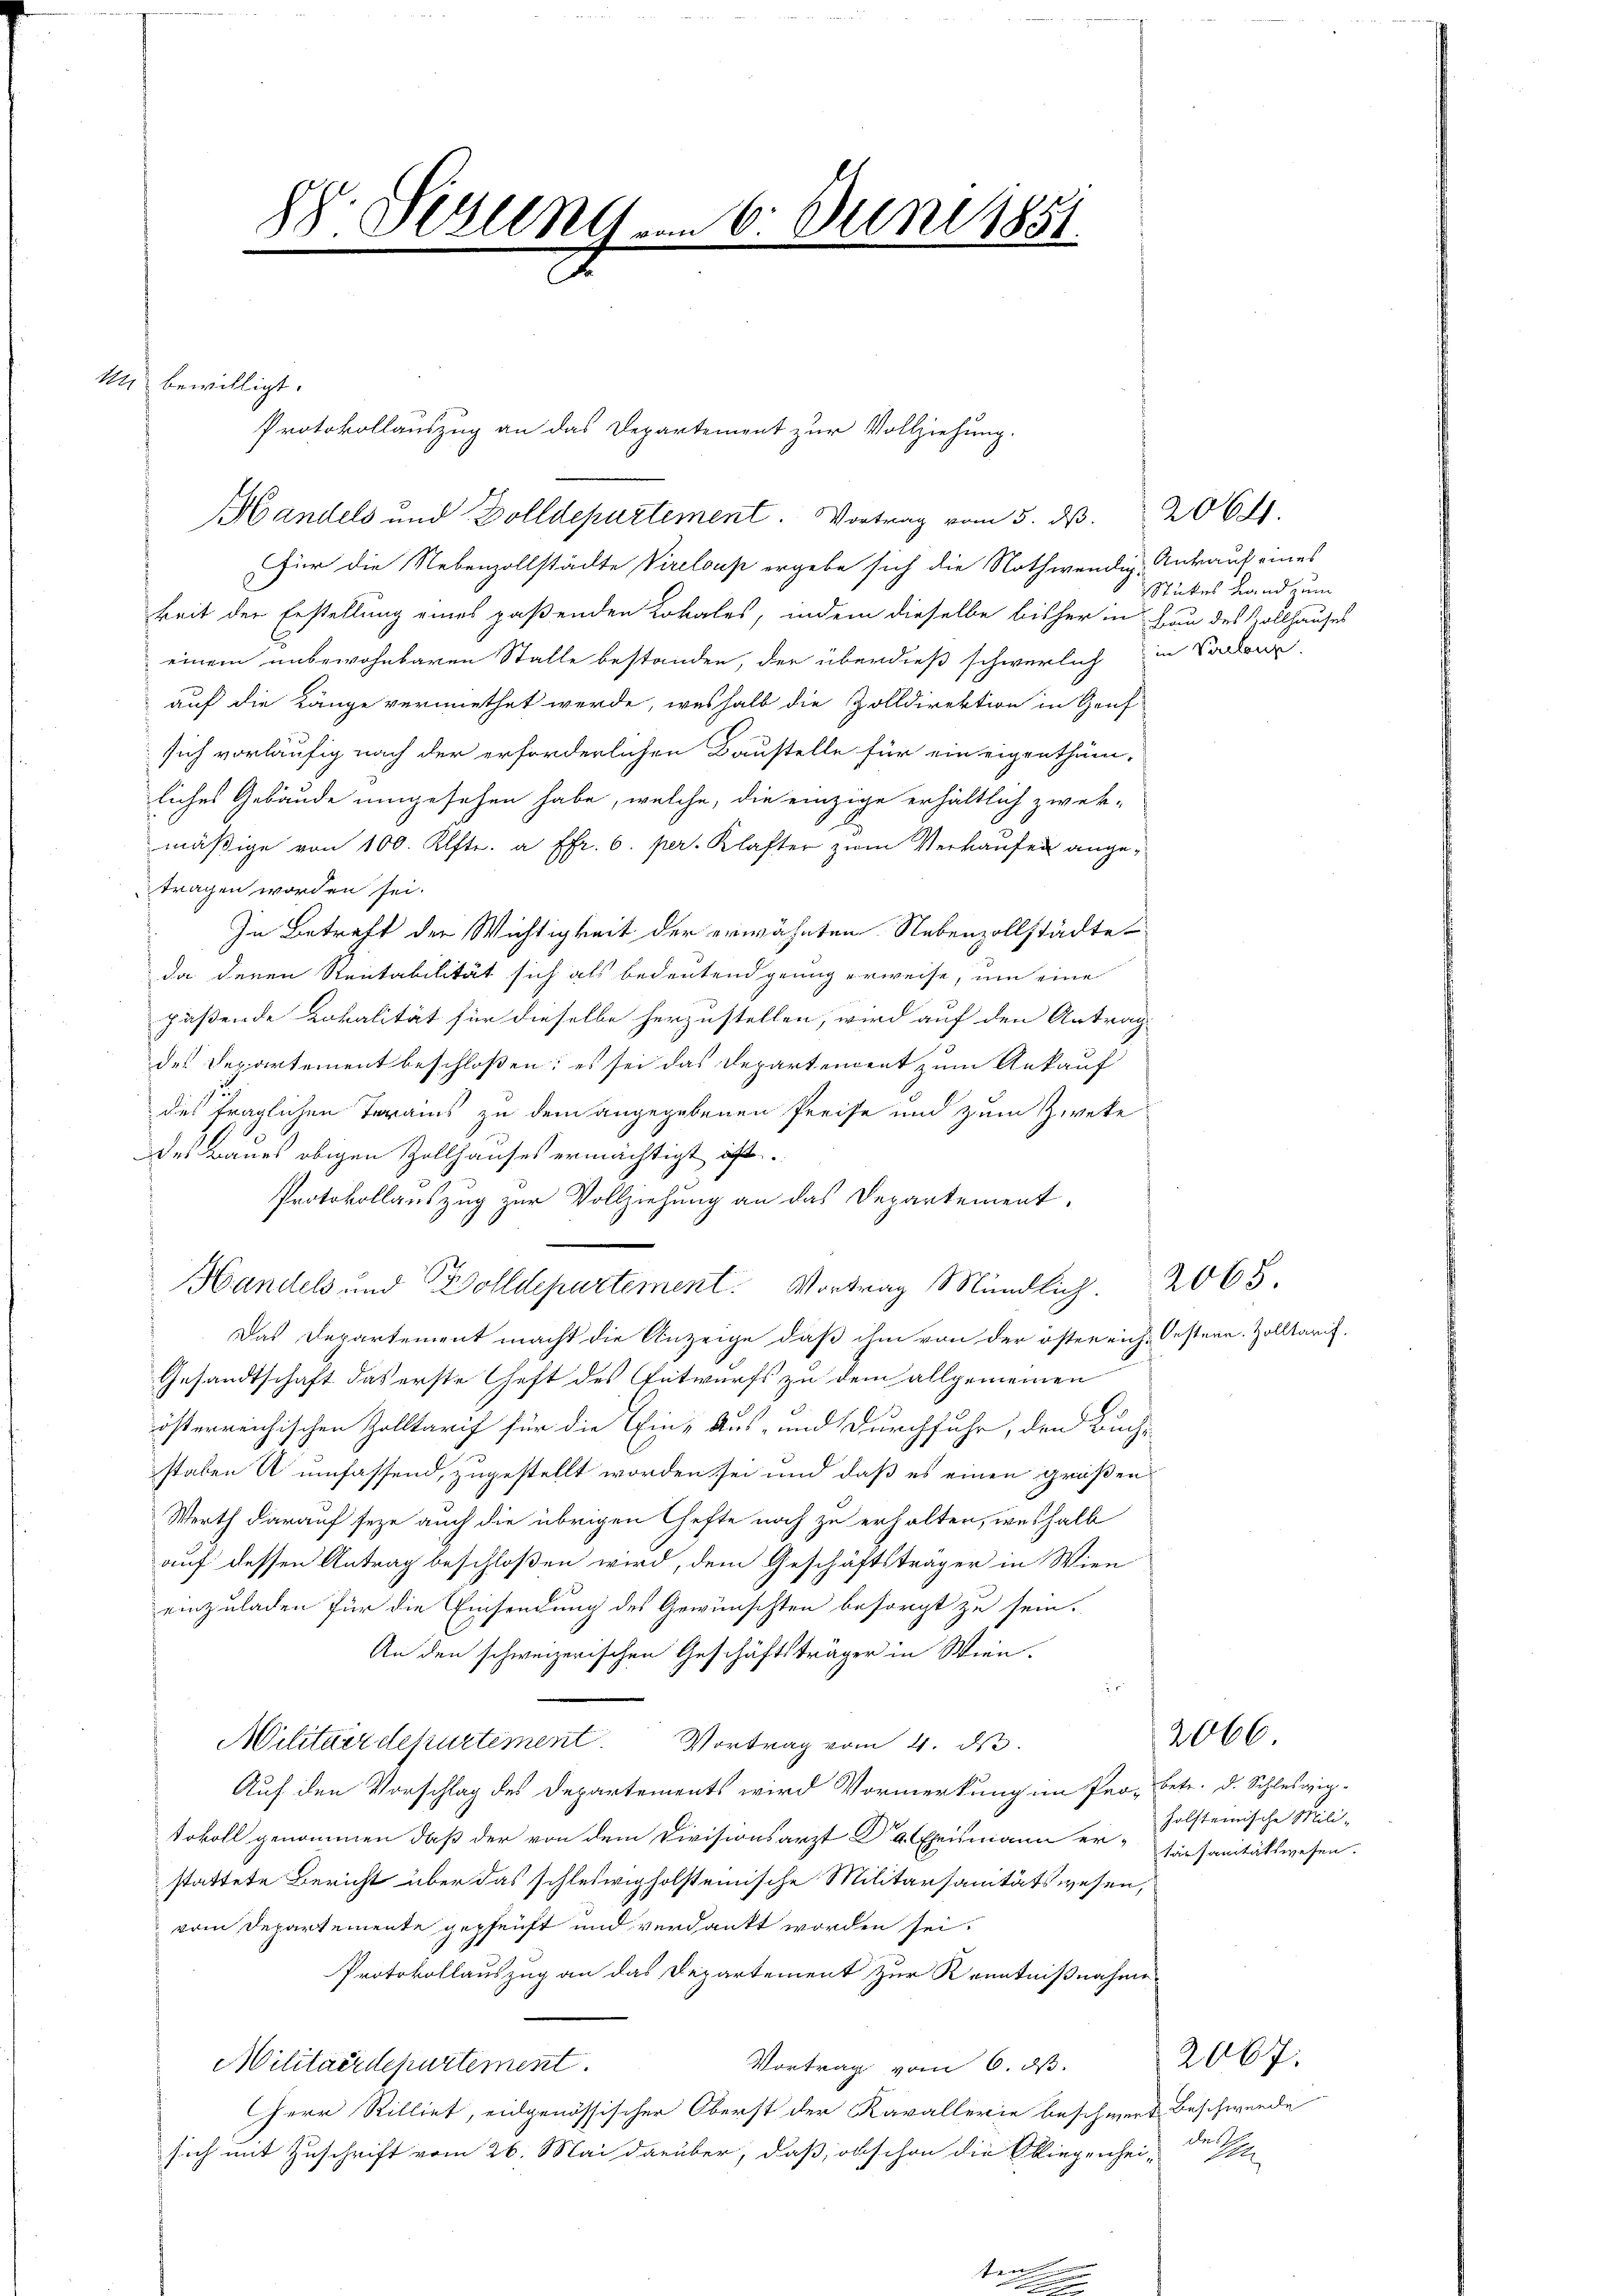
M.

28. Jezung u. 6. Juni 1851.

in bewilligt.
Handels und Dolldepartement. Vortrag vom 5. d. 2064.
für die Nebenzollstädte Vireloup ergebe sich die Nothwendig-Ankauf eines
keit der Erstellung eines paßenden Lokales, indem dieselbe bisher in Frau des Zollhauses
einem unbewohnbaren Stalle bestanden, der überdieß schwerlich in Socken
auf die Länge vermiethet werde, weshalb die Zolldirektion in Genf
sich vorläufig nach der erforderlichen Baustelle für ein eigenthäm-
liches Gebäude umgesehen habe, welche, die einzige erhältlich zwek-
mäβige von 100 Klftr. à Fr. 6. pr. Klafter zum Verkaufen ange-
tragen worden sei.
In Betreff der Wichtigkeit der erwähnten Nebenzollstädte
da deren Rentabilität sich als bedeutend genug erweise, um eine
paßende Lokalität für dieselbe herzustellen, wird auf den Antrag-
des Departement beschloßen; es sei das Departendent zum Ankauf
des fraglichen Terains zu dem angegebenen Preise und zum Zweke
des Baues obigen Zollhauses ermächtigt ist.
Protokollauszug zur Vollziehung an das Departement,
Handels und Zolldepartement. Vortrag Mündlich. 2065.
Das Departement macht die Anzeige, daß ihm von der östereich-Oestern. Zolltarif.
Gesandtschaft das erste Geft des Entwurfs zu dem allgemeinen
österreichischen Zolltarif für die Ein- Aus- und Durchfuhr, den Buch-
staben u umfassend, zugestellt worden sei und daß es einen grüßen
Werth darauf seye auch die übrigen Chefte noch zu erhalten, weshalb
auf dessen Antrag beschloßen wird, dem Geschäftsträger in Wien
einzuladen für die Einsendung des Gewünschten besorgt zu sein.
An den schweizerischen Geschäftsträger in Wien.
2
Militärdepartement. Vortrag vom 4. d.
Auf den Vorschlag des Departements wird Vormerkung im Pro- betr. d. Schleswig-
tokoll genommen, daß der von dem Divisionsarzt Dr. Chrismann erharsanitätswesen.
stattete Bericht über das schleswigholsteiische Militarsanitätswesen,
vom Departemente gepfeift und verdankt worden sei.
Protokollauszug an das Departement zur Kenntnißnahme
Militärdepartement.
Vortrag vom 6. ds.
Herr Rilliet, eidgenössischer Oberst der Kavallerie beschwert Beschwerde
sich mit Zuschrift vom 26. Mai darüber, daß, obschon die Obliegenhei- M

Protokollauszug an das Departement zur Vollziehung.

Stückes Land zum

2066.

holsteinische Mili-

2067.
cet